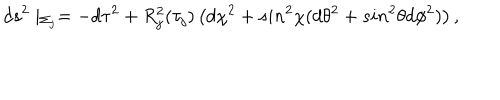
LaTeX: d s ^ { 2 } \mid _ { \Sigma _ { j } } = - d \tau ^ { 2 } + R _ { j } ^ { 2 } ( \tau _ { j } ) \left( d \chi ^ { 2 } + s i n ^ { 2 } \chi ( d \theta ^ { 2 } + s i n ^ { 2 } \theta d \phi ^ { 2 } ) \right) ,